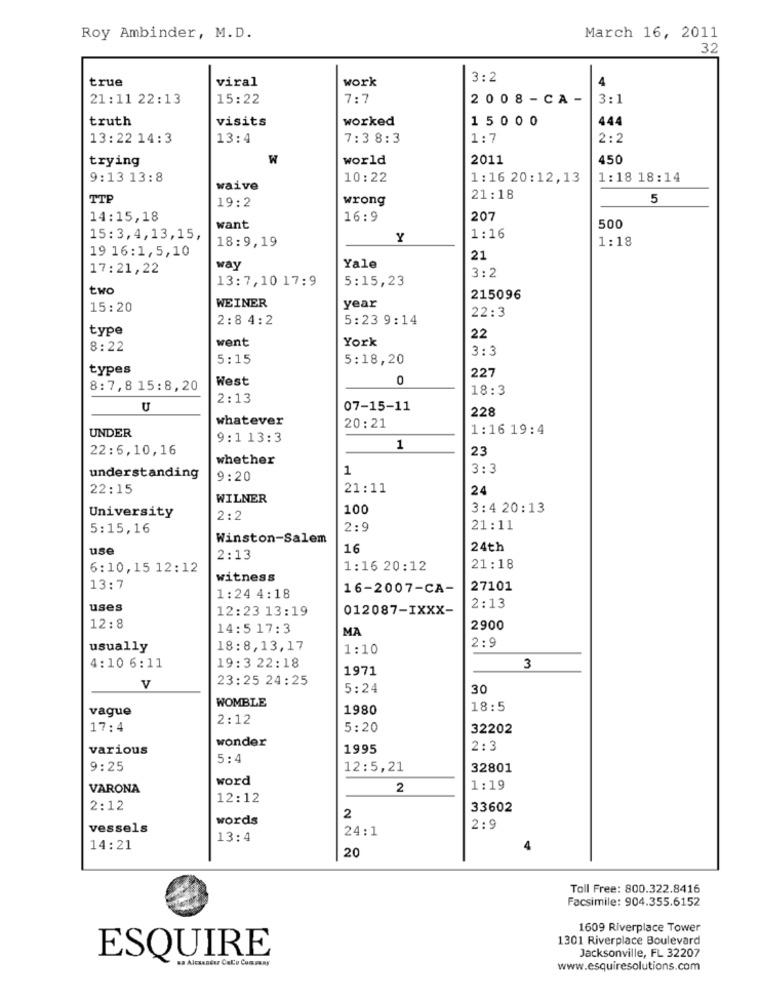
Roy Ambinder, M.D.
March 16, 2011
32
true
viral
work
3:2
4
21:11 22:13
15:22
7:7
2008-CA-
3:1
truth
visits
worked
15000
444
13:22 14:3
13:4
7:3 8:3
1:7
2:2
trying
W
world
2011
450
9:13 13:8
10:22
1 : 16 20:12,13
1:18 18:14
waive
TTP
19:2
wrong
21:18
5
14:15,18
16:9
207
want
500
15:3,4,13,15,
Y
1:16
1:18
19 16:1,5,10
18:9,19
21
17:21,22
way
Yale
3:2
13:7,10 17:9
5:15,23
two
215096
15:20
WEINER
year
2:8 4:2
5:23 9:14
22:3
type
went
York
22
8:22
3:3
5:15
5:18,20
types
227
West
0
8:7,8 15:8,20
18:3
2:13
U
07-15-11
228
whatever
UNDER
20:21
1:16 19:4
9:1 13:3
22:5,10,16
1
23
whether
1
3:3
understanding
9:20
22:15
21:11
24
WILNER
100
3:4 20:13
University
2:2
5:15,16
2:9
21:11
Winston-Salem
use
16
24th
2:13
6:10, 15 12:12
1:16 20:12
21:18
witness
13:7
16-2007-CA-
27101
1:24 4:18
uses
12:23 13:19
012087-IXXX-
2:13
12:8
14:5 17:3
MA
2900
2:9
usually
18:8,13,17
1:10
4: 10 6 :11
19:3 22:18
1971
3
23:25 24:25
v
5:24
30
WOMBLE
vague
1980
18:5
2:12
17:4
5:20
32202
wonder
various
1995
2:3
5:4
9:25
12:5,21
32801
word
VARONA
2
1:19
12:12
2:12
33602
words
2
vessels
24:1
2:9
13:4
14:21
20
Toll Free: 800.322.8416
Facsimile: 904.355.6152
1609 Riverplace Tower
1301 Riverplace Boulevard
Jacksonville, FL 32207
ESQUIRE
www.esquiresolutions.com